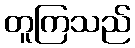
တူကြသည်